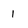
Character: 1